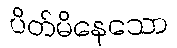
ပိတ်မိနေသော